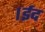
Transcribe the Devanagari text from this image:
।ईद